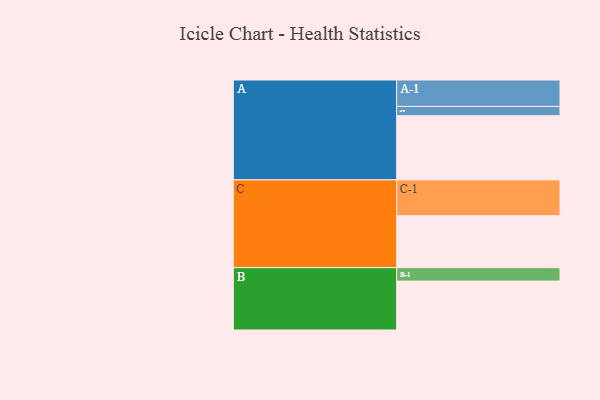
{"axis": {"x": "Segment", "y": "Value"}, "legend": ["", "A", "B", "C"], "data": [{"x": "A", "y": 530, "type": ""}, {"x": "B", "y": 404, "type": ""}, {"x": "C", "y": 429, "type": ""}, {"x": "A-1", "y": 218, "type": "A"}, {"x": "A-2", "y": 77, "type": "A"}, {"x": "B-1", "y": 111, "type": "B"}, {"x": "C-1", "y": 296, "type": "C"}]}